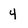
Character: 4